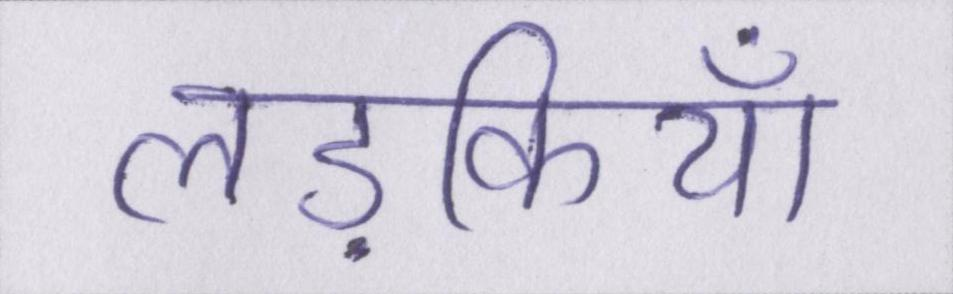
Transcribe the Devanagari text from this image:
लड़कियाँ